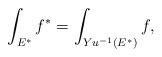
LaTeX: \begin{align*} \int_{E^*}f^* = \int_{Yu^{-1}(E^*)}f, \end{align*}